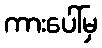
ကားပေါ်မှ